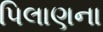
પિલાણના